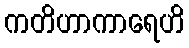
ကတိဟာကာရေဟိ